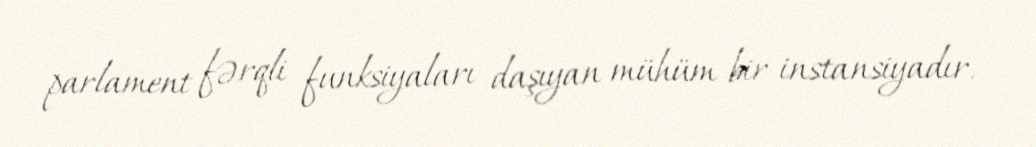
parlament fərqli funksiyaları daşıyan mühüm bir instansiyadır.